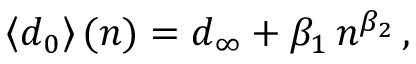
\ensuremath { \left\langle d _ { 0 } \right\rangle } ( n ) = d _ { \infty } + \beta _ { 1 } \, n ^ { \beta _ { 2 } } \, ,